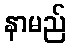
နာမည်